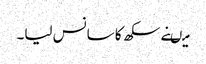
میںنے سکھ کا سانس لیا۔